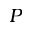
P